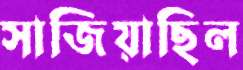
সাজিয়াছিল